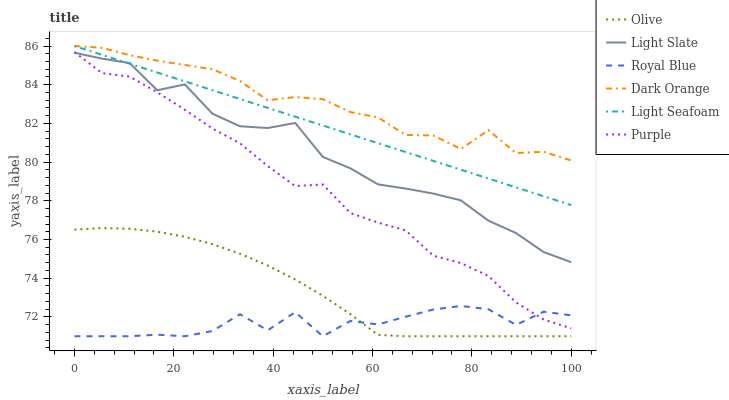
| xaxis_label | Olive | Light Slate | Royal Blue | Dark Orange | Light Seafoam | Purple |
 | --- | --- | --- | --- | --- | --- | --- |
 | 0 | 76.5 | 85.7 | 71 | 86 | 86 | 85.7 |
 | 5.56 | 76.6 | 85.3 | 71 | 85.9 | 85.5 | 84.6 |
 | 11.1 | 76.6 | 85.1 | 71 | 85.5 | 85.1 | 84.4 |
 | 16.7 | 76.4 | 83.7 | 71.1 | 85.2 | 84.6 | 83.6 |
 | 22.2 | 76.1 | 84 | 71 | 85 | 84.2 | 82.7 |
 | 27.8 | 75.8 | 82.5 | 71.3 | 84.8 | 83.7 | 81.7 |
 | 33.3 | 75.3 | 81.9 | 72.1 | 84.2 | 83.3 | 81 |
 | 38.9 | 74.7 | 81.8 | 71.3 | 83.2 | 82.8 | 79.8 |
 | 44.4 | 73.9 | 82 | 72.2 | 83.4 | 82.3 | 78.8 |
 | 50 | 73.1 | 80.3 | 71 | 83.3 | 81.9 | 78.8 |
 | 55.6 | 72.1 | 79.7 | 71.8 | 82.6 | 81.4 | 77.4 |
 | 61.1 | 71.1 | 78.8 | 71.6 | 82.3 | 81 | 76.9 |
 | 66.7 | 71 | 78.6 | 72 | 81.4 | 80.5 | 76.5 |
 | 72.2 | 71 | 78.4 | 72.4 | 81.4 | 80.1 | 75.2 |
 | 77.8 | 71 | 78 | 72.6 | 80.7 | 79.6 | 74.8 |
 | 83.3 | 71 | 77 | 72.4 | 81.7 | 79.2 | 74.1 |
 | 88.9 | 71 | 76.3 | 71.6 | 80.5 | 78.7 | 72.8 |
 | 94.4 | 71 | 75.4 | 72.3 | 80.5 | 78.2 | 71.9 |
 | 100 | 71 | 74.8 | 72.1 | 80.1 | 77.8 | 71.4 |